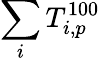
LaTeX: \sum_{i}T_{i,p}^{100}